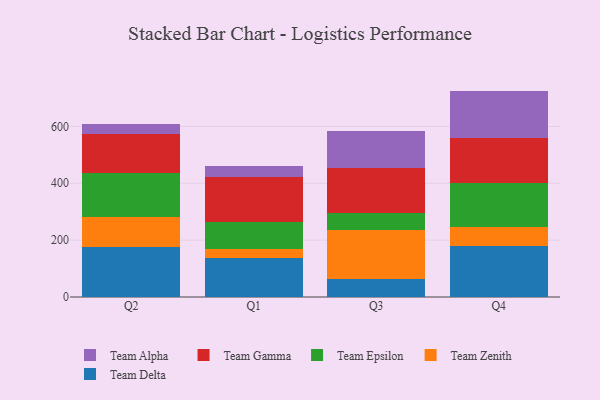
{"axis": {"x": "Quarter", "y": "Active Users"}, "legend": ["Team Alpha", "Team Delta", "Team Epsilon", "Team Gamma", "Team Zenith"], "data": [{"x": "Q2", "y": 176.2, "type": "Team Delta"}, {"x": "Q2", "y": 104.4, "type": "Team Zenith"}, {"x": "Q2", "y": 156.4, "type": "Team Epsilon"}, {"x": "Q2", "y": 136.5, "type": "Team Gamma"}, {"x": "Q2", "y": 36.8, "type": "Team Alpha"}, {"x": "Q1", "y": 138.3, "type": "Team Delta"}, {"x": "Q1", "y": 32.2, "type": "Team Zenith"}, {"x": "Q1", "y": 92.7, "type": "Team Epsilon"}, {"x": "Q1", "y": 160.0, "type": "Team Gamma"}, {"x": "Q1", "y": 38.0, "type": "Team Alpha"}, {"x": "Q3", "y": 64.8, "type": "Team Delta"}, {"x": "Q3", "y": 171.4, "type": "Team Zenith"}, {"x": "Q3", "y": 60.2, "type": "Team Epsilon"}, {"x": "Q3", "y": 157.4, "type": "Team Gamma"}, {"x": "Q3", "y": 130.4, "type": "Team Alpha"}, {"x": "Q4", "y": 179.7, "type": "Team Delta"}, {"x": "Q4", "y": 65.3, "type": "Team Zenith"}, {"x": "Q4", "y": 155.7, "type": "Team Epsilon"}, {"x": "Q4", "y": 159.4, "type": "Team Gamma"}, {"x": "Q4", "y": 165.1, "type": "Team Alpha"}]}